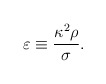
\begin{align*}\varepsilon \equiv \frac{\kappa^2 \rho}{\sigma}.\end{align*}